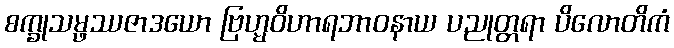
စက္ခုသမ္ဖဿဇာဒယော ဗြဟ္မဝိဟာရဘာဝနာယ ပညုတ္တရာ ပိလောတိကံ